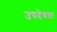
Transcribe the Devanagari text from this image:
उपदेवता